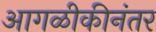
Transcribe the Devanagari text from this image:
आगळीकीनंतर